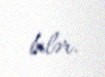
bilər.